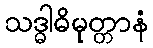
သဒ္ဓါဓိမုတ္တာနံ